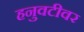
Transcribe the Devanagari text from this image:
हनुवटीवर